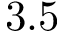
3 . 5